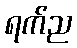
ရက်ည